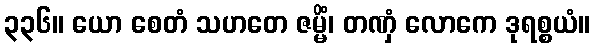
၃၃၆။ ယော စေတံ သဟတေ ဇမ္မိံ၊ တဏှံ လောကေ ဒုရစ္စယံ။